system: You are a helpful assistant.
user:
Analyze the provided spectrum to determine if it is a **White Dwarf (WD)**.

A White Dwarf spectrum is defined by its **extreme purity** (due to gravitational settling) and/or **extreme pressure broadening** (due to high surface gravity). You must check for one of the following mutually exclusive signatures:

- **Key Visual Indicators (Check for ONE of these types):**

    - **1. DA-Type Signature (Most Common):**
        - **(Primary Feature):** Extreme pressure broadening (Stark broadening) of the **Hydrogen (H) Balmer lines**.
        - **(Key Lines):** $H\beta$ (approx. $4861$ Å) and $H\gamma$ (approx. $4340$ Å). $H\alpha$ (approx. $6563$ Å) will also be present if the wavelength range covers it.
        - **(Line Profile):** This is the **defining feature**. The lines are **NOT** sharp. They appear as massive, **extremely broad and deep "troughs" or "dips"** in the spectrum, often hundreds of Ångströms wide. The continuum will appear to "scoop" down at these wavelengths.
        - **(Distinction):** Normal A-type or B-type stars have *narrow* and *sharp* Hydrogen lines. A DA White Dwarf's lines are unmistakably "smeared" or "blurry" from pressure.

    - **2. DB-Type Signature:**
        - **(Primary Feature):** Broad absorption lines from **Neutral Helium (He I)**. The spectrum must lack any visible Hydrogen lines.
        - **(Key Lines):** Look for broad absorption near $4471$ Å, $4921$ Å, and $5876$ Å.
        - **(Line Profile):** These lines are also significantly pressure-broadened, appearing much wider than they would in a normal B-type main-sequence star.

    - **3. DC-Type Signature:**
        - **(Primary Feature):** A **featureless continuous spectrum**.
        - **(Line Profile):** The spectrum is a smooth curve with **no significant absorption or emission lines**.
        - **(Key Confirmation):** The continuum is almost always **blue or white**, indicating a hot object. This signature implies the atmosphere is so pure (or so cool) that no spectral lines are visible in the optical range. Its WD identity is confirmed by its extremely low intrinsic brightness (high absolute magnitude).

    - **4. DZ-Type Signature (Metal-Polluted):**
        - **(Primary Feature):** **Isolated, narrow metal absorption lines** on an otherwise featureless (DC-like) continuum.
        - **(Key Lines):** The **Calcium (Ca II) H & K doublet** (approx. **$3934$ Å** and **$3968$ Å**) is the most common and defining feature.
        - **(Line Profile):** These lines are "out of place." They are *not* part of a "forest" of thousands of lines. This signature is evidence of recent *accretion* (pollution) from rocky debris.
        - **(Distinction):** Normal G/K/M stars have a *dense forest* of thousands of metal lines. A DZ has a *clean* continuum with *only a few* strong metal lines.

    - **5. DQ-Type Signature (Carbon-Polluted):**
        - **(Primary Feature):** Absorption bands from **Carbon (C₂ "Swan Bands" or atomic C I)**.
        - **(Key Lines - C₂):** Look for bandheads with a "saw-tooth" shape near $5635$ Å, **$5165$ Å** (strongest), and $4737$ Å.
        - **(Key Confirmation):** The underlying **continuum must be blue or white** (hot).
        - **(Distinction):** This is the critical difference from a **Carbon Star**, which has the *exact same* C₂ bands but on an extremely **red, cool** continuum.

- **(Overall Spectrum):**
    - The continuum (overall shape) is typically **blue-sloping** (brighter in the blue than the red), as most white dwarfs are very hot.
    - The spectrum will look "pure" or "simple," dominated by only *one* of the five signatures listed above.

Think first, call **spectral_visualization_tool** if needed to examine features in detail, then provide your final answer. Your response must adhere to the following strict rules:
1.  **Overall Structure:** Your response must follow the format `<think>...</think> <tool_call>...</tool_call> (if a tool is used) <answer>...</answer>`.
2.  **Tool Usage Constraint:** You may only make **one** tool call per turn.
3.  **Final Answer Format:** In the `<answer>` tag, your conclusion must be inside a `\boxed{}` command (e.g., `\boxed{YES}` or `\boxed{NO}`), followed by your justification.

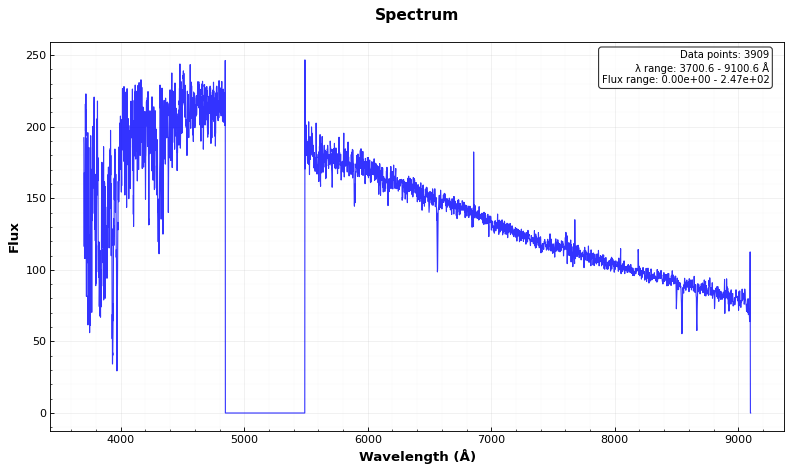
Answer: NO